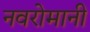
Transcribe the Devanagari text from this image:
नवरोमानी